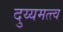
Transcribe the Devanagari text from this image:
दुय्यमत्त्व